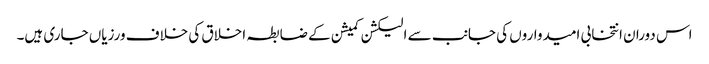
اس دوران انتخابی امیدواروں کی جانب سے الیکشن کمیشن کے ضابطہ اخلاق کی خلاف ورزیاں جاری ہیں۔